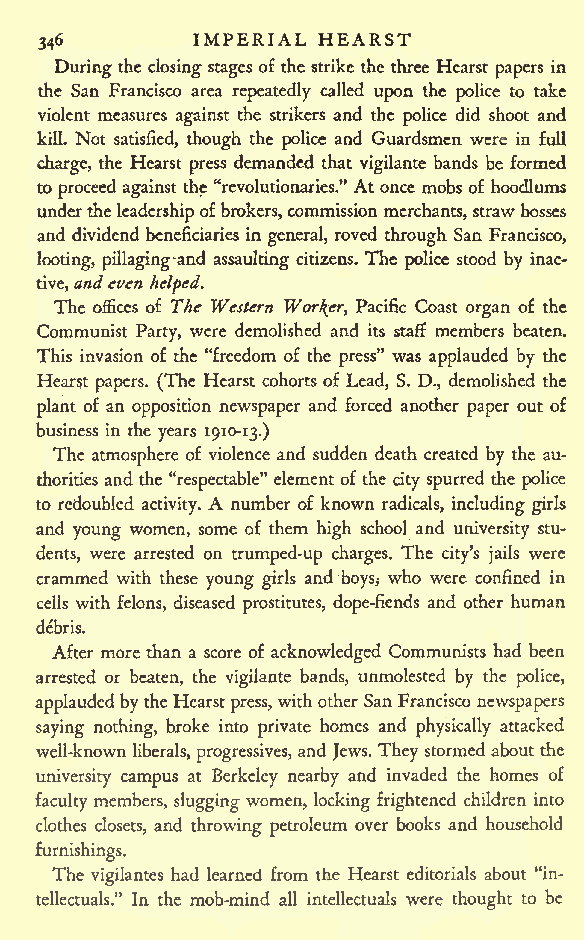
IMPERIAL HEARST
 346
 During the closing stages of the strike the three Hearst papers in
 the San Francisco area repeatedly called upon the police to take
 violent measures against the strikers and the police did shoot and
 kill. Not satisfied, though the police and Guardsmen were in full
 charge, the Hearst press demanded that vigilante bands be formed
 to proceed against the "revolutionaries." At once mobs of hoodlums
 undertheleadershipofbrokers,commissionmerchants, strawbosses
 and dividend beneficiaries in general, roved through San Francisco,
 looting, pillaging and assaulting citizens. The police stood by inac-
 tive,andeven
 helped.
 The offices of The Western Worker, Pacific Coast organ of the
 Communist Party, were demolished and its staff members beaten.
 This invasion of the "freedom of the press" was applauded by the
 Hearst papers. (The Hearst cohorts of Lead, S. D., demolished the
 plant of an opposition newspaper and forced another paper out of
 business in the years 1910-13.)
 The atmosphere of violence and sudden death created by the au-
 thorities and the "respectable" element of the city spurred the police
 to redoubled activity. A number of known radicals, including girls
 and young women, some of them high school and university stu-
 dents, were arrested on trumped-up charges. The city's jails were
 crammed with these young girls and boys,- who were confined in
 cells with felons, diseased prostitutes, dope-fiends and other human
 debris.
 After more than a score of acknowledged Communists had been
 arrested or beaten, the vigilante bands, unmolested by the police,
 applaudedbythe Hearst press, withother SanFrancisco newspapers
 saying nothing, broke into private homes and physically attacked
 well-known liberals, progressives, and Jews. They stormed about the
 university campus at Berkeley nearby and invaded the homes of
 faculty members, slugging women, locking frightened children into
 clothes closets, and throwing petroleum over books and household
 furnishings.
 The vigilantes had learned from the Hearst editorials about "in-
 tellectuals." In the mob-mind all intellectuals were thought to be